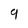
Character: 9